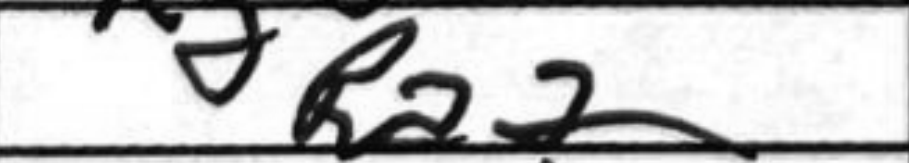
Transcription: Ra2